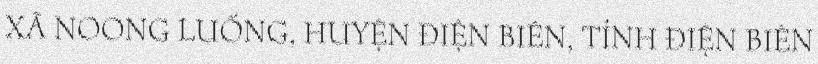
XÃ NOONG LUỐNG, HUYỆN ĐIỆN BIÊN, TỈNH ĐIỆN BIÊN